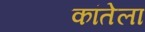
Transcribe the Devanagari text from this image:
कांतेला